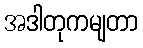
အဒါတုကမျတာ